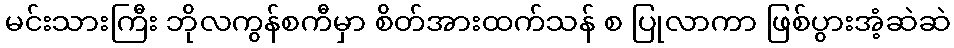
မင်းသားကြီး ဘိုလကွန်စကီမှာ စိတ်အားထက်သန် စ ပြုလာကာ ဖြစ်ပွားအံ့ဆဲဆဲ